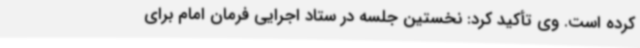
کرده است. وی تأکید کرد: نخستین جلسه در ستاد اجرایی فرمان امام برای